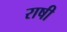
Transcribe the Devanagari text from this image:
राषी